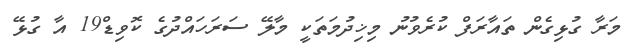
މަރާ ގުޅިގެން ތައާރަފް ކުރެވުނު މިޚިދުމަތަކީ މާލޭ ސަރަހައްދުގެ ކޮވިޑް19 އާ ގުޅޭ